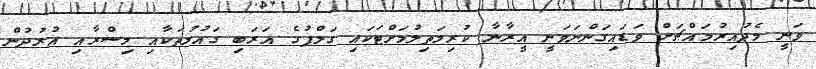
ވަނީ މެދުއިރުމައްޗަށް ވަޑައިގަންނަވަނީ އީރާނާ ކުރިމަތިލުމަށްޓަކައި ގަލްފުގެ އަރަބި ގައުމުތަކާއި މިސްރާއި އުރުދުން